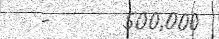
-      500